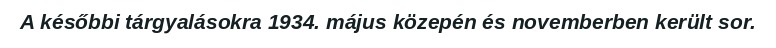
A későbbi tárgyalásokra 1934. május közepén és novemberben került sor.